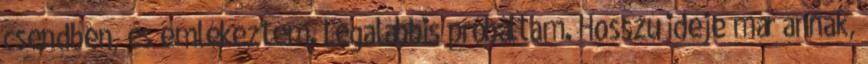
csendben, és emlékeztem. Legalábbis próbáltam. Hosszú ideje már annak,